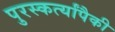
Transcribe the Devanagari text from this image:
पुरस्कर्त्यांपैकी